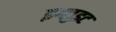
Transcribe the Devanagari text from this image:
इग्लुइट